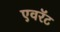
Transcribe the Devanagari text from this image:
एवरॅट